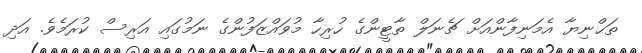
ތަޙްނިޔާ އެމަނިފާންއަށް ޗެނަލް ތާޓީންގެ ހުރިހާ މުވައްޒަފުންގެ ނަމުގައި އަރިސް ކުރަމެވެ. އަދި